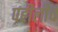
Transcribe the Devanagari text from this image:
पहीलीच